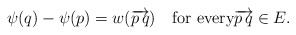
\begin{align*}\psi(q)-\psi(p)=w(\overrightarrow{p\,q})\quad\mbox{for every}\overrightarrow{p\,q}\in E.\end{align*}